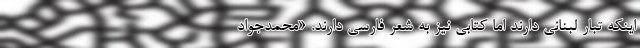
اینکه تبار لبنانی دارند اما کتابی نیز به شعر فارسی دارند. «محمدجواد